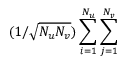
( 1 / \sqrt { N _ { u } N _ { v } } ) \sum _ { i = 1 } ^ { N _ { u } } \sum _ { j = 1 } ^ { N _ { v } }